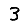
Digit: 3